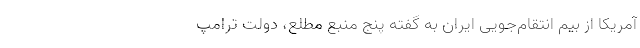
آمریکا از بیم انتقام‌جویی ایران به گفته پنج منبع مطلع، دولت ترامپ